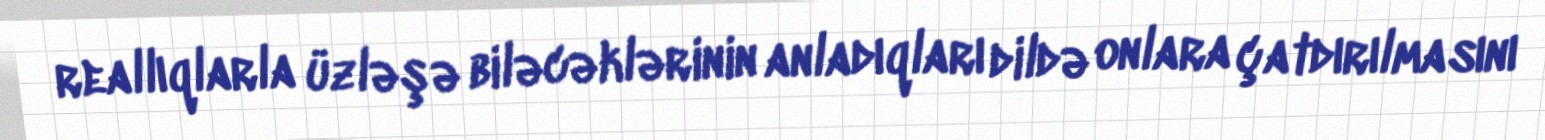
reallıqlarla üzləşə biləcəklərinin anladıqları dildə onlara çatdırılmasını